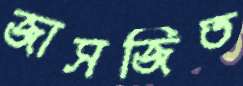
জাসজিত